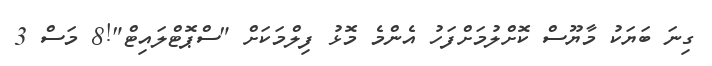
ގިނަ ބަޔަކު މާޔޫސް ކޮށްލުމަށްފަހު އެންމެ މޮޅު ފިލްމަކަށް "ސްޕޮޓްލައިޓް"!8 މަސް 3